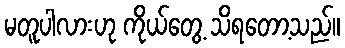
မတူပါလားဟု ကိုယ်တွေ့ သိရတော့သည်။